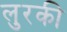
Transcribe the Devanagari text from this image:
लुरकी